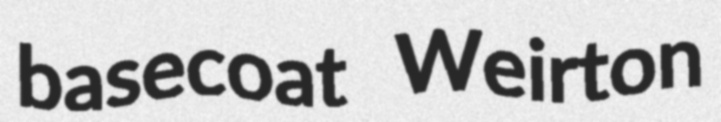
basecoat Weirton